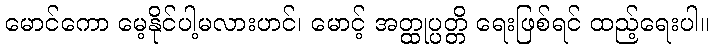
မောင်ကော မေ့နိုင်ပါ့မလားဟင်၊ မောင့် အတ္ထုပ္ပတ္တိ ရေးဖြစ်ရင် ထည့်ရေးပါ။